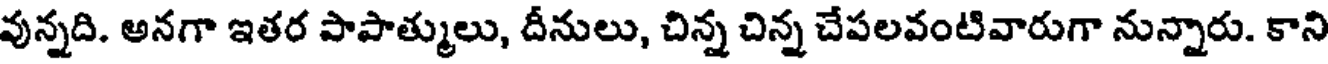
వున్నది. అనగా ఇతర పాపాత్ములు, దీనులు, చిన్న చిన్న చేపలవంటివారుగా నున్నారు. కాని